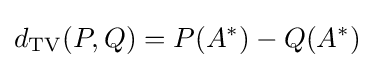
d_{\mathrm {TV} }(P,Q)=P(A^{*})-Q(A^{*})